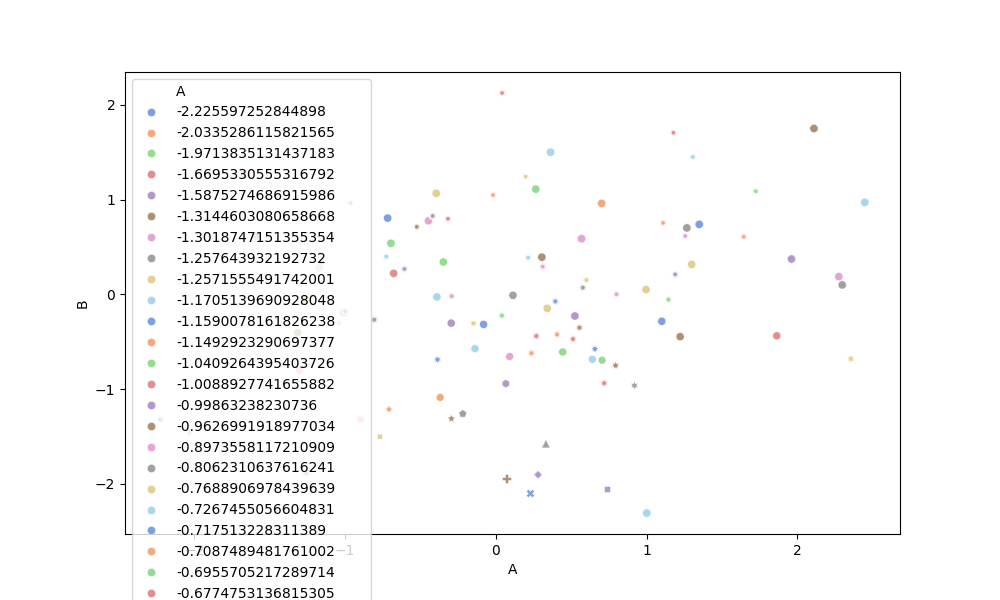
python, seaborn, scatterplot, hue='A', style='B', size='None', palette='muted', alpha=0.7